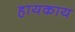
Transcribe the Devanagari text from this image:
हायकाय